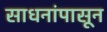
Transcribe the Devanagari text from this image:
साधनांपासून